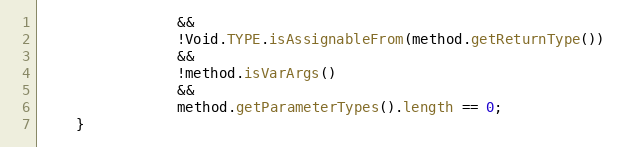
Language: Java
                &&
                !Void.TYPE.isAssignableFrom(method.getReturnType())
                &&
                !method.isVarArgs()
                &&
                method.getParameterTypes().length == 0;
    }